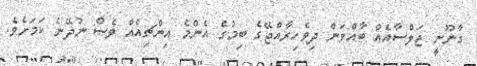
ގާނޫނީ ޖަލްސާއެއް ބާއްވަން ދިވެހިރާއްޖޭގެ ބިމުގެ އެންމެ އިންޗިއެއް ވެސް ނުދޭނެ ކަމަށެވެ.